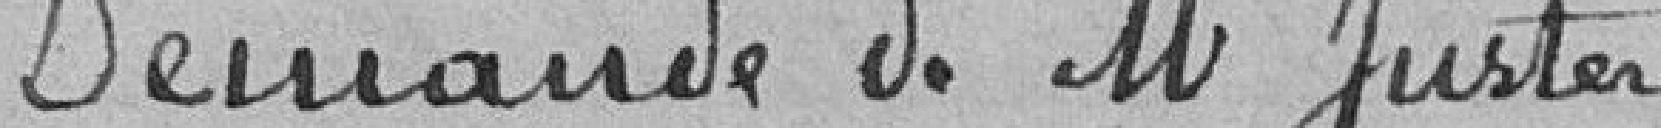
Demande de M. Juster